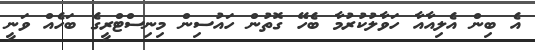
އެ ބިން އެލިއާއާ ހަވާލުކުރުމާ ބެހޭ ގޮތުން ހައުސިން މިނިސްޓްރީގެ ބަހެއް ވަނީ